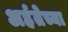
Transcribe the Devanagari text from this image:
अर्हतेच्या